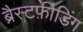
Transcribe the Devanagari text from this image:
ब्रैस्टफ़ीडिंग